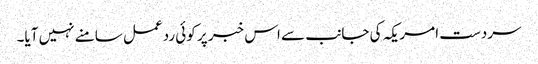
سردست امریکہ کی جانب سے اس خبر پر کوئی ردعمل سامنے نہیں آیا۔